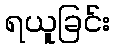
ရယူခြင်း